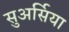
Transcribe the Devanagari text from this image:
सुअर्सिया